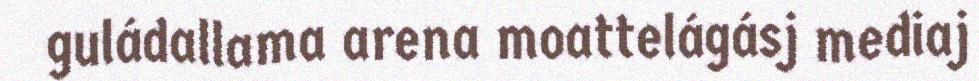
guládallama arena moattelágásj mediaj